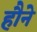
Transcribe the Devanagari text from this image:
हौने